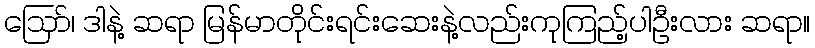
ဪ၊ ဒါနဲ့ ဆရာ မြန်မာတိုင်းရင်းဆေးနဲ့လည်းကုကြည့်ပါဦးလား ဆရာ။